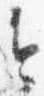
今